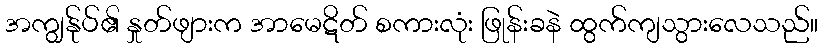
အကျွန်ုပ်၏ နှုတ်ဖျားက အာမေဋိတ် စကားလုံး ဖြုန်းခနဲ ထွက်ကျသွားလေသည်။